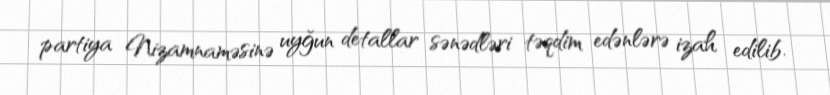
partiya Nizamnaməsinə uyğun detallar sənədləri təqdim edənlərə izah edilib.